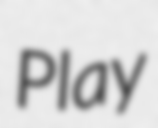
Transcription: Play